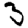
Digit: 3